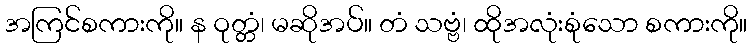
အကြင်စကားကို။ န ဝုတ္တံ၊ မဆိုအပ်။ တံ သဗ္ဗံ၊ ထိုအလုံးစုံသော စကားကို။